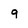
Character: g